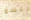
يتسع